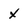
Character: x